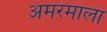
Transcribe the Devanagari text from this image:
अमरमाला